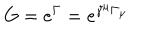
G = e ^ { \Gamma } = e ^ { \gamma ^ { \mu } \Gamma _ { \mu } }